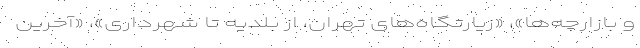
و بازارچه‌ها»، «زیارتگاه‌های تهران، از بلدیه تا شهرداری»، «آخرین